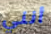
أنني